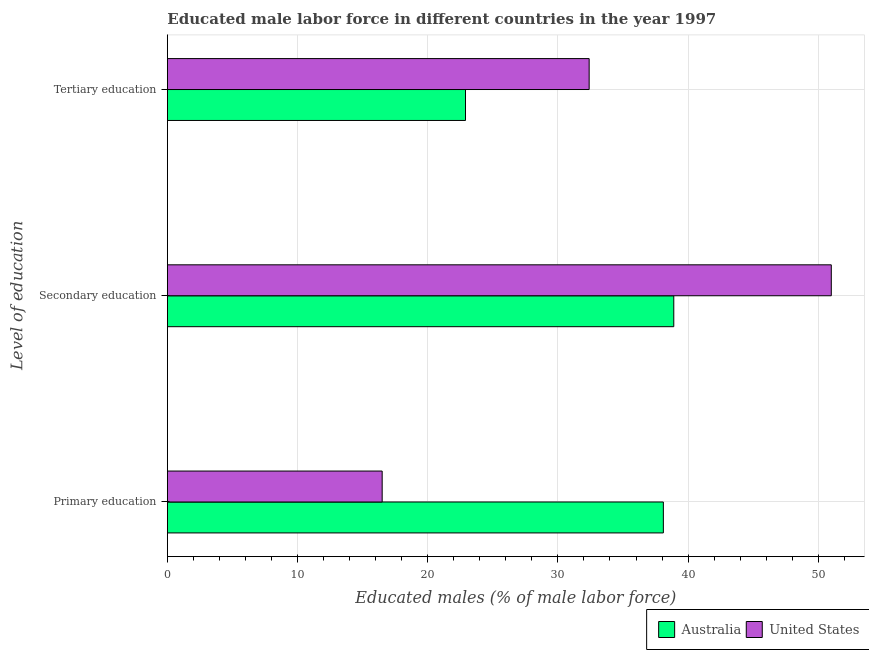
| Level of education | Australia | United States |
 | --- | --- | --- |
 | Primary education | 38.1 | 16.5 |
 | Secondary education | 38.9 | 51 |
 | Tertiary education | 22.9 | 32.4 |